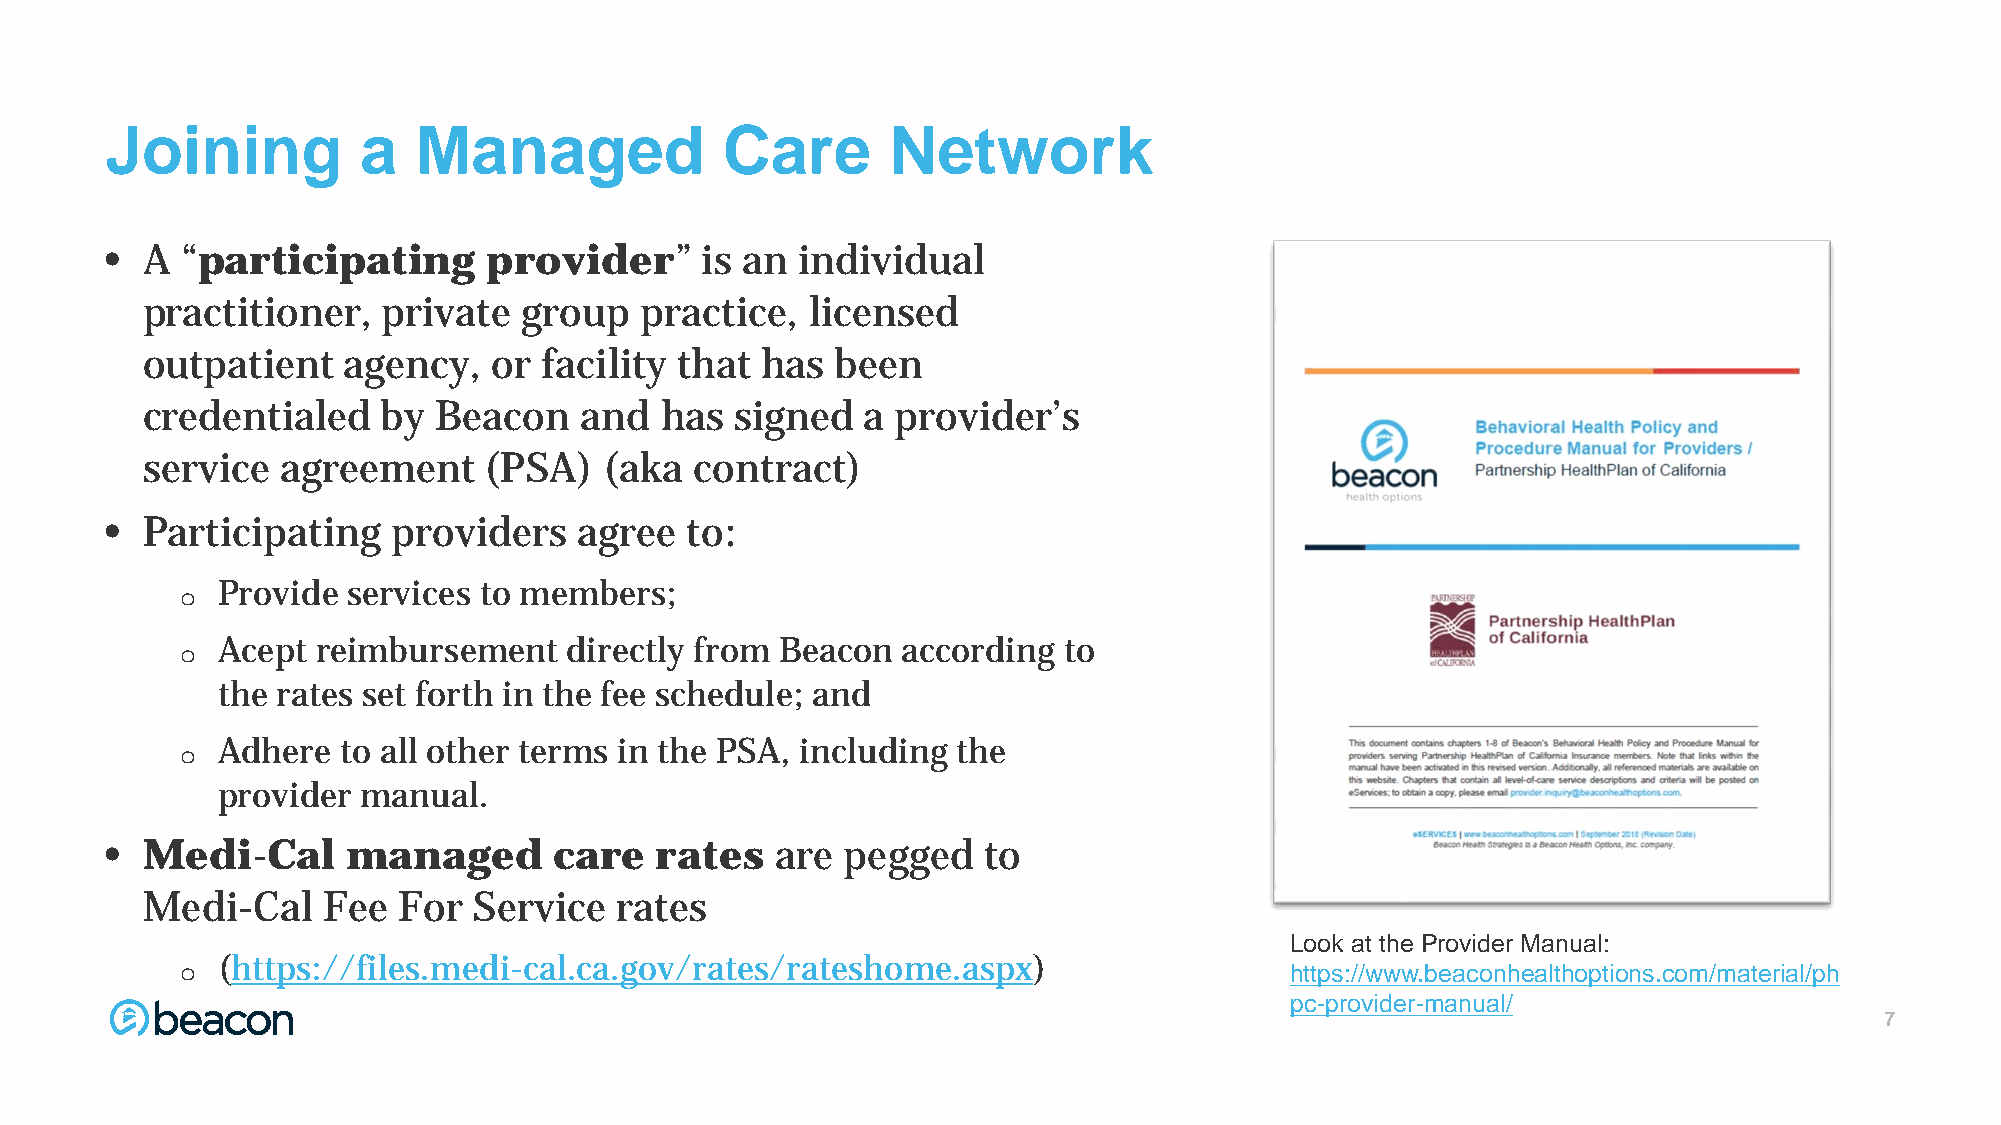
Joining          a   Managed             Care       Network
 • A  “participating      provider”     is an  individual
 practitioner,   private   group  practice,   licensed
 outpatient    agency,   or facility that has  been
 credentialed    by  Beacon   and   has  signed  a provider’s
 service   agreement    (PSA)   (aka  contract)
 • Participating    providers   agree  to:
 Provide  services to members;
 o
 Acept  reimbursement    directly from Beacon  according to
 o
 the rates set forth in the fee schedule; and
 Adhere  to all other terms in the PSA, including the
 o
 provider  manual.
 • Medi-Cal      managed       care  rates   are  pegged   to
 Medi-Cal    Fee  For  Service   rates
 Look at the Provider Manual:
 (https://files.medi-cal.ca.gov/rates/rateshome.aspx)
 https://www.beaconhealthoptions.com/material/ph
 o
 pc-provider-manual/
 7777